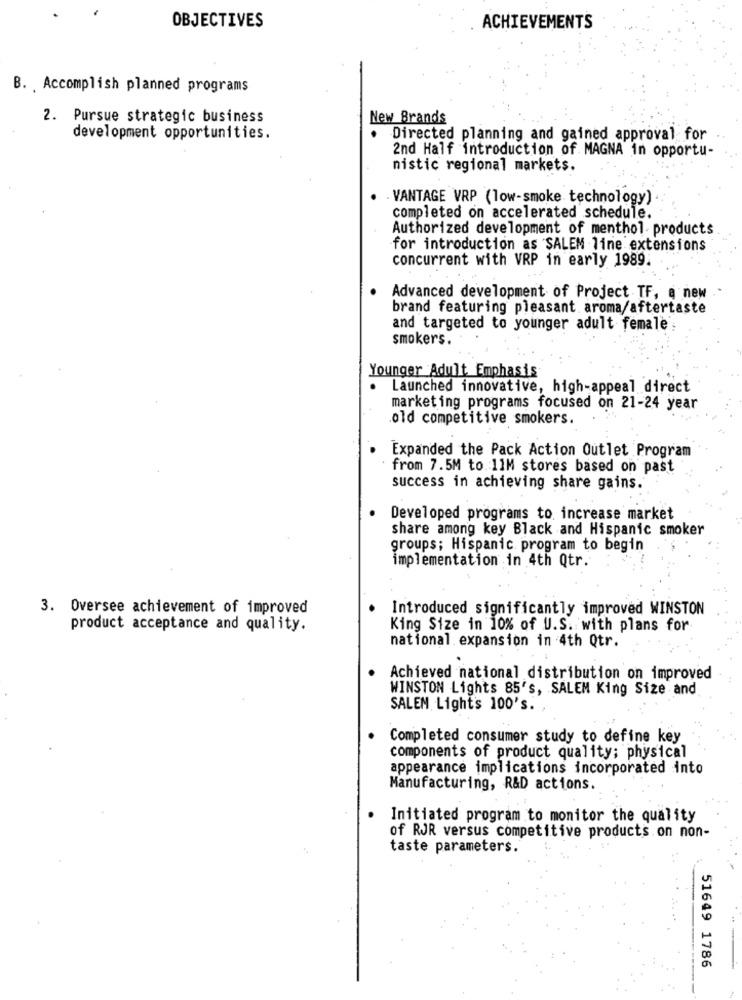
OBJECTIVES
ACHIEVEMENTS
B. Accomplish planned programs
2. Pursue strategic business
New Brands
development opportunities.
Directed planning and gained approval for
2nd Half introduction of MAGNA in opportu-
nistic regional markets.
VANTAGE VRP (low-smoke technology)
completed on accelerated schedule.
Authorized development of menthol products
for introduction as SALEM line extensions
concurrent with VRP in early 1989.
Advanced development of Project TF, ą new
brand featuring pleasant aroma/aftertaste
and targeted to younger adult female
smokers.
Younger Adult Emphasis
Launched innovative, high-appeal direct
marketing programs focused on 21-24 year
old competitive smokers.
Expanded the Pack Action Outlet Program
from 7.5M to 11M stores based on past
success in achieving share gains.
Developed programs to increase market
share among key Black and Hispanic smoker
groups; Hispanic program to begin
implementation in 4th Qtr.
3. Oversee achievement of improved
Introduced significantly improved WINSTON
product acceptance and quality.
King Size in 10% of U.S. with plans for
national. expansion in 4th Qtr.
Achieved national distribution on improved
WINSTON Lights 85's, SALEM King Size and
SALEM Lights 100's. ,
Completed consumer study to define key
components of product quality; physical
appearance implications incorporated into
Manufacturing, R&D actions.
Initiated program to monitor the quality
of RJR versus competitive products on non-
taste parameters.
51649 1786